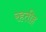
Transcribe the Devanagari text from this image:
रहतीह